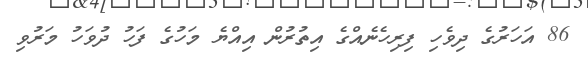
86 އަހަރުގެ ދިވެހި ފިރިހެނެއްގެ އިތުރުން އިއްޔެ މަހުގެ ފަހު ދުވަހު މަރުވި